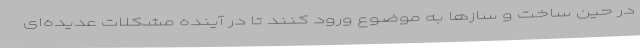
در حین ساخت و سازها به موضوع ورود کنند تا در آینده مشکلات عدیده‌ای